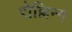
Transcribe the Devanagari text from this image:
रोल्लिन्ग